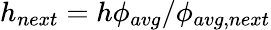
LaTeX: h_{next}=h\phi_{avg}/\phi_{avg,next}